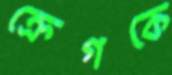
ক্রেগকে